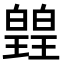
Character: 𭽡